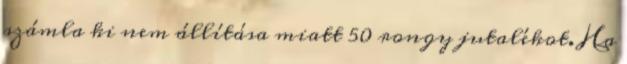
számla ki nem állítása miatt 50 rongy jutalékot. Ha